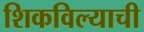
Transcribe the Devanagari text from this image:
शिकविल्याची